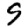
Digit: 9